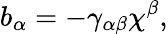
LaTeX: b_{\alpha}=-\gamma_{\alpha\beta}\chi^{\beta},